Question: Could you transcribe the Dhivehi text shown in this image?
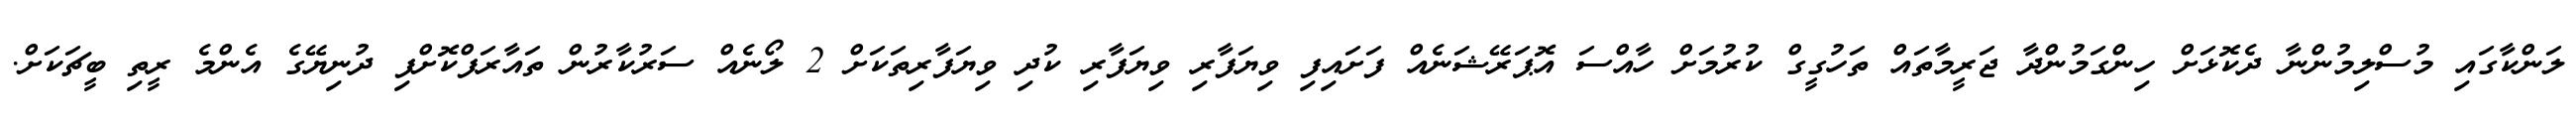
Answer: ލަންކާގައި މުސްލިމުންނާ ދެކޮޅަށް ހިންގަމުންދާ ޖަރީމާތައް ތަހުގީގް ކުރުމަށް ހާއްސަ އޮޕަރޭޝަނެއް ފަށައިފި ވިޔަފާރި ވިޔަފާރި ކުދި ވިޔަފާރިތަކަށް 2 ލޯނެއް ސަރުކާރުން ތައާރަފްކޮށްފި ދުނިޔޭގެ އެންމެ ރީތި ބީޗަކަށް.